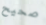
صحيح